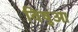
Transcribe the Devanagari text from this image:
विषुआ